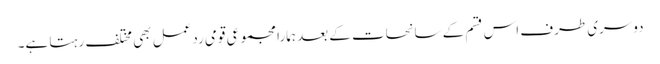
دوسری طرف اس قسم کے سانحات کے بعد ہمارا مجموعی قومی ردعمل بھی مختلف رہتا ہے۔